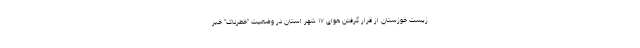
زیست خوزستان از قرار گرفتن هوای ۱۷ شهر استان در وضعیت "خطرناک" خبر